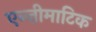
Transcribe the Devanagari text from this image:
एन्ज़ीमाटिक